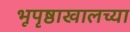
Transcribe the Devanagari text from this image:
भूपृष्ठाखालच्या